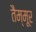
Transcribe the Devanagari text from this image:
तैम्मूर